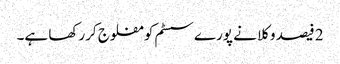
2 فیصد وکلا نے پورےسسٹم کو مفلوج کررکھا ہے۔